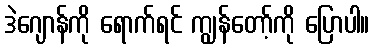
ဒဲဂျောန်ကို ရောက်ရင် ကျွန်တော့်ကို ပြောပါ။